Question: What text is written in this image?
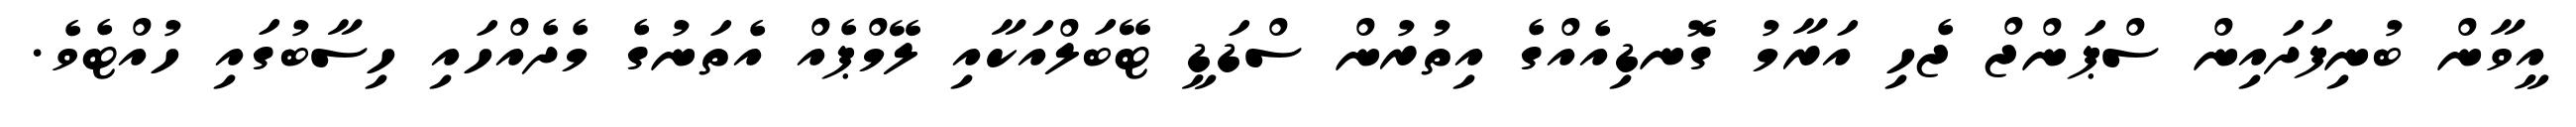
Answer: އީވާން ބުނިފަދައިން ސްޕަންޖް ޖެހި އަރާމު ގޮނޑިއެއްގެ އިތުރުން ސްޑަޑީ ޓޭބަލްއަކާއި ލޭމްޕެއް އެތަނުގެ މެދެއްހައި ހިސާބުގައި ހުއްޓެވެ.